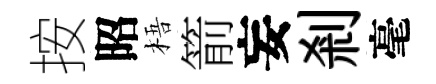
按昭梧箭妄剎毫